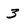
Character: 3